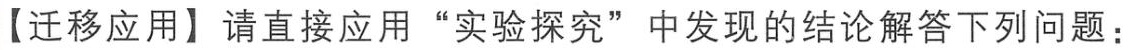
【迁移应用】请直接应用“实验探究”中发现的结论解答下列问题：